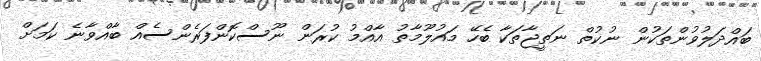
ބައްދަލުވުންތަކުން ނުކުތް ނަތީޖާތަކާ ބެހޭ މައުލޫމާތު އާއްމު ކުރަން ނޫސްކޮންފަރެންސެއް ބާއްވާނެ ކަަމަށް